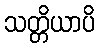
သတ္တိယာပိ